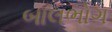
બાલભોગ